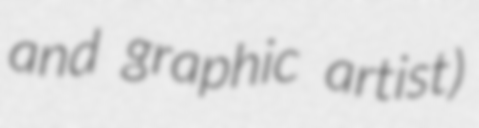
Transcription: and graphic artist)